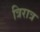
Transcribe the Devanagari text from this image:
त्रिरात्र